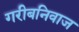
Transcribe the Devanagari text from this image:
गरीबनिवाज